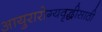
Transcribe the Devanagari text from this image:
आयुरारोग्यवृद्धीसाठी